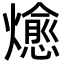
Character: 𭶖